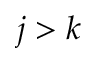
j > k